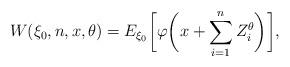
LaTeX: \begin{align*}W(\xi_0,n,x,\theta)=E_{\xi_0}\biggl[\varphi\biggl(x+\sum_{i=1}^{n} Z_i^\theta\biggr)\biggr],\end{align*}